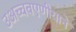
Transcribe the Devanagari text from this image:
उअच्चवएणीयाने